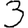
Digit: 3